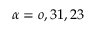
\alpha = o , 3 1 , 2 3